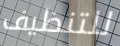
للتنظيف